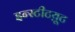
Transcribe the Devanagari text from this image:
इन्स्टीटय़ूट